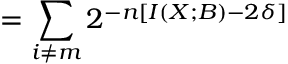
= \sum _ { i \neq m } 2 ^ { - n \left[ I \left( X ; B \right) - 2 \delta \right] }